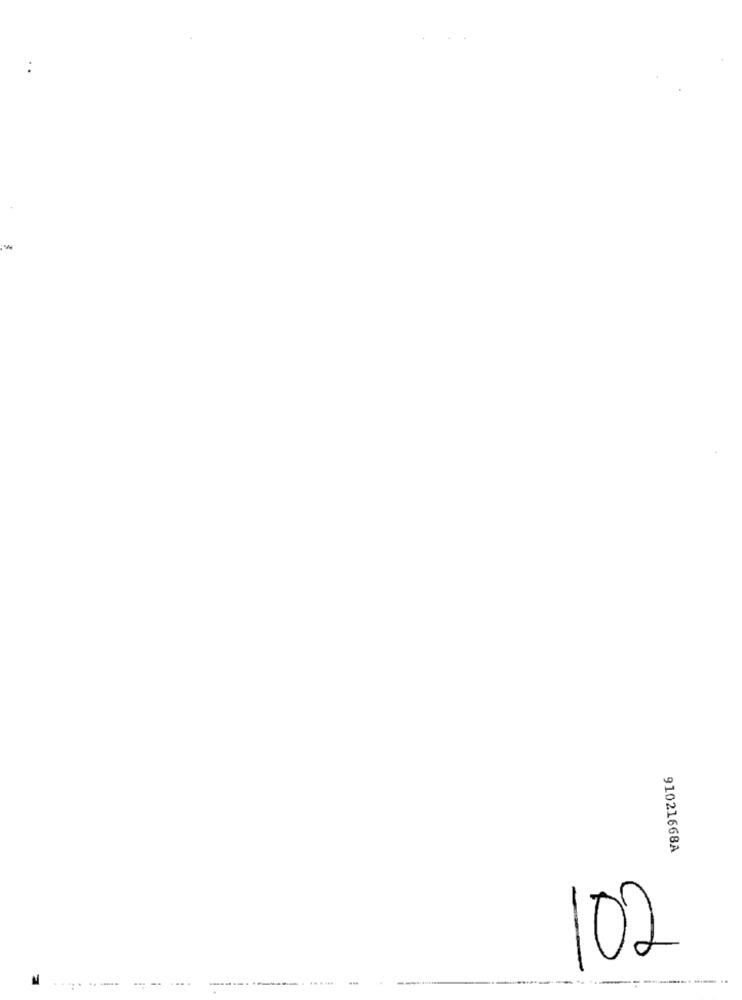
91021668A
102
==.......